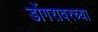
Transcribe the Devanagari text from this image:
डोंगरावरच्या